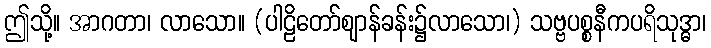
ဤသို့။ အာဂတာ၊ လာသော။ (ပါဠိတော်ဈာန်ခန်း၌လာသော၊) သဗ္ဗပစ္စနီကပရိသုဒ္ဓာ၊